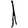
Digit: 1